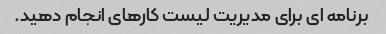
برنامه ای برای مدیریت لیست کارهای انجام دهید.